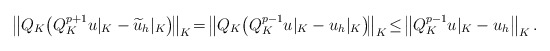
\begin{align*}\big\|Q_K\big(Q_K^{p+1}u|_K-\widetilde{u}_h|_K\big)\!\big\|_K\!=\!\big\|Q_K\big(Q_K^{p-1}u|_K-u_h|_K\big)\!\big\|_K\!\leq\!\big\|Q_K^{p-1}u|_K-u_h\big\|_K\,.\end{align*}